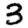
Digit: 3